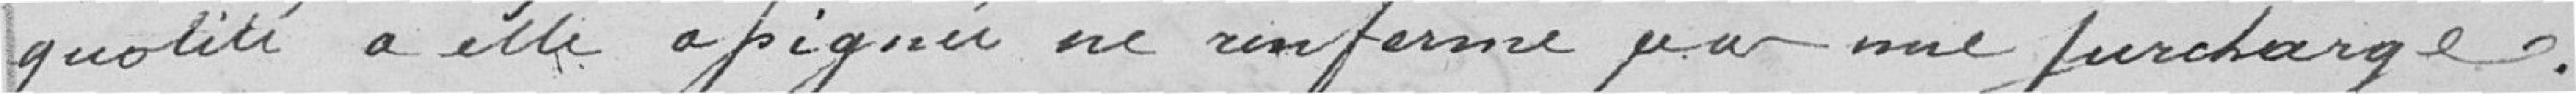
quotité a elle assignée ne referme pas une surcharge.